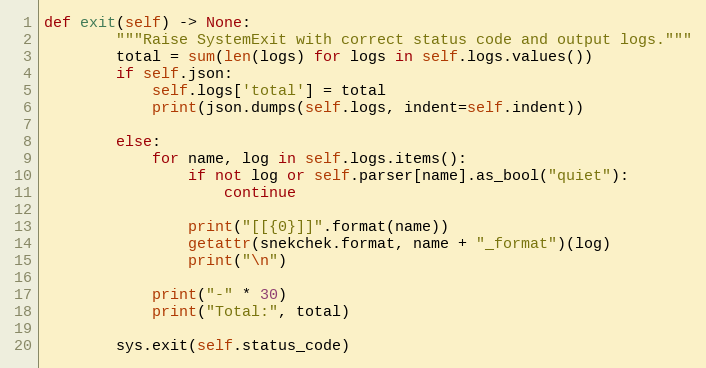
Language: Python
def exit(self) -> None:
        """Raise SystemExit with correct status code and output logs."""
        total = sum(len(logs) for logs in self.logs.values())
        if self.json:
            self.logs['total'] = total
            print(json.dumps(self.logs, indent=self.indent))

        else:
            for name, log in self.logs.items():
                if not log or self.parser[name].as_bool("quiet"):
                    continue

                print("[[{0}]]".format(name))
                getattr(snekchek.format, name + "_format")(log)
                print("\n")

            print("-" * 30)
            print("Total:", total)

        sys.exit(self.status_code)